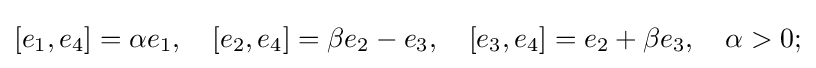
[e_{1},e_{4}]=\alpha e_{1},\quad [e_{2},e_{4}]=\beta e_{2}-e_{3},\quad [e_{3},e_{4}]=e_{2}+\beta e_{3},\quad \alpha >0;